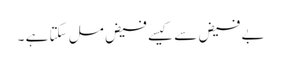
بے فیض سے کیسے فیض مل سکتا ہے ۔